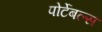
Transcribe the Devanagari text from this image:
पोर्टेबल्स